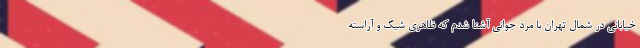
خیابانی در شمال تهران با مرد جوانی آشنا شدم که ظاهری شیک و آراسته